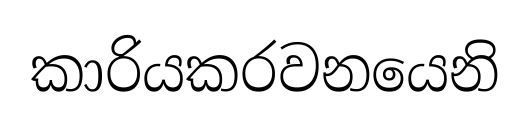
කාරියකරවනයෙනි